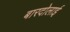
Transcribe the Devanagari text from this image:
बारदोलाई